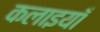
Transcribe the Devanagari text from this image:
कलाइयाँ